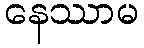
နေဿာမ